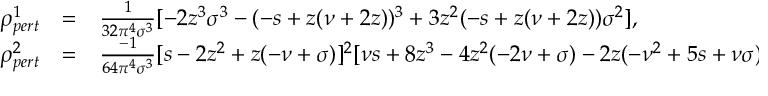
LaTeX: \begin{array} { l l l } { { \rho _ { p e r t } ^ { 1 } } } & { { = } } & { { { \frac { 1 } { 3 2 \pi ^ { 4 } \sigma ^ { 3 } } } [ - 2 z ^ { 3 } \sigma ^ { 3 } - ( - s + z ( \nu + 2 z ) ) ^ { 3 } + 3 z ^ { 2 } ( - s + z ( \nu + 2 z ) ) \sigma ^ { 2 } ] , } } \\ { { \rho _ { p e r t } ^ { 2 } } } & { { = } } & { { { \frac { - 1 } { 6 4 \pi ^ { 4 } \sigma ^ { 3 } } } [ s - 2 z ^ { 2 } + z ( - \nu + \sigma ) ] ^ { 2 } [ \nu s + 8 z ^ { 3 } - 4 z ^ { 2 } ( - 2 \nu + \sigma ) - 2 z ( - \nu ^ { 2 } + 5 s + \nu \sigma ) ] , } } \end{array}